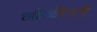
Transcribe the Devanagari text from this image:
नोव्हेल्टी